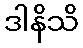
ဒါနိသိ